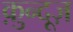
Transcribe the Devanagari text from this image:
क़ुन्दूज़